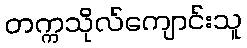
တက္ကသိုလ်ကျောင်းသူ